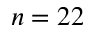
n = 2 2